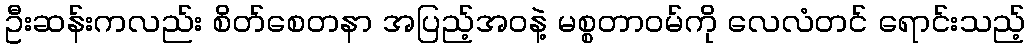
ဦးဆန်းကလည်း စိတ်စေတနာ အပြည့်အဝနဲ့ မစ္စတာဝမ်ကို လေလံတင် ရောင်းသည့်